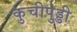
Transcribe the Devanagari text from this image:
कुचीपुड्डी